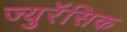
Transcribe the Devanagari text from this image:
ज्युरॅसिक